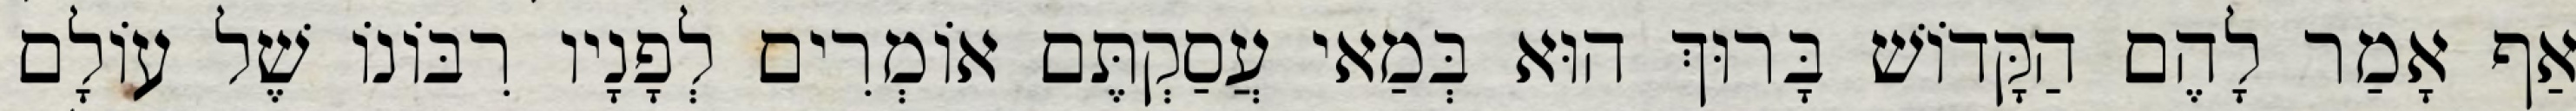
אַף אָמַר לָהֶם הַקָּדוֹשׁ בָּרוּךְ הוּא בְּמַאי עֲסַקְתֶּם אוֹמְרִים לְפָנָיו רִבּוֹנוֹ שֶׁל עוֹלָם